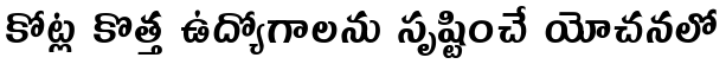
కోట్ల కొత్త ఉద్యోగాలను సృష్టించే యోచనలో